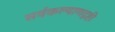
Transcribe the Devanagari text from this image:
सर्वकल्याणदृष्टी